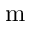
\mathrm { m }